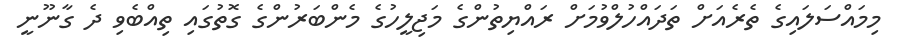
މިމައްސަލައިގެ ތެރެއަށް ތަދައްހުލްވުމަށް ރައްޔިތުންގެ މަޖިލީހުގެ މެންބަރުންގެ ގޮތުގައި ތިއްބެވި ދެ ގާނޫނީ